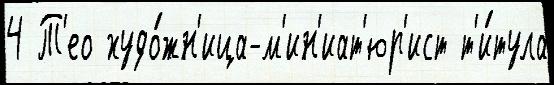
4 Т'ео худо́жн'ица-м'ин'иат'юр'ист т'и́тула